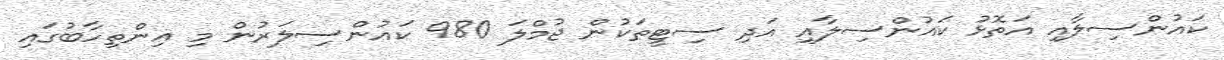
ކައުންސިލާއި އަތޮޅު ކައުންސިލާއި އަދި ސިޓީތަކުން ޖުމްލަ 980 ކައުންސިލަރުން މި އިންތިހާބުގައި